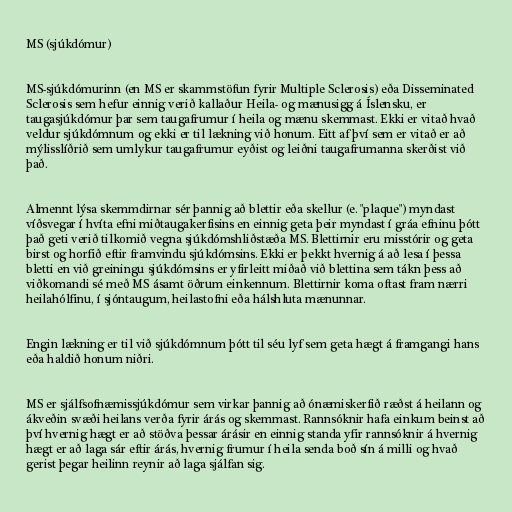
MS (sjúkdómur)

MS-sjúkdómurinn (en MS er skammstöfun fyrir Multiple Sclerosis) eða Disseminated
Sclerosis sem hefur einnig verið kallaður Heila- og mænusigg á Íslensku, er
taugasjúkdómur þar sem taugafrumur í heila og mænu skemmast. Ekki er vitað hvað
veldur sjúkdómnum og ekki er til lækning við honum. Eitt af því sem er vitað er að
mýlisslíðrið sem umlykur taugafrumur eyðist og leiðni taugafrumanna skerðist við
það.

Almennt lýsa skemmdirnar sér þannig að blettir eða skellur (e. "plaque") myndast
víðsvegar í hvíta efni miðtaugakerfisins en einnig geta þeir myndast í gráa efninu þótt
það geti verið tilkomið vegna sjúkdómshliðstæða MS. Blettirnir eru misstórir og geta
birst og horfið eftir framvindu sjúkdómsins. Ekki er þekkt hvernig á að lesa í þessa
bletti en við greiningu sjúkdómsins er yfirleitt miðað við blettina sem tákn þess að
viðkomandi sé með MS ásamt öðrum einkennum. Blettirnir koma oftast fram nærri
heilahólfinu, í sjóntaugum, heilastofni eða hálshluta mænunnar.

Engin lækning er til við sjúkdómnum þótt til séu lyf sem geta hægt á framgangi hans
eða haldið honum niðri.

MS er sjálfsofnæmissjúkdómur sem virkar þannig að ónæmiskerfið ræðst á heilann og
ákveðin svæði heilans verða fyrir árás og skemmast. Rannsóknir hafa einkum beinst að
því hvernig hægt er að stöðva þessar árásir en einnig standa yfir rannsóknir á hvernig
hægt er að laga sár eftir árás, hvernig frumur í heila senda boð sín á milli og hvað
gerist þegar heilinn reynir að laga sjálfan sig.